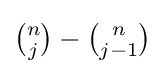
{\tbinom {n}{j}}-{\tbinom {n}{j-1}}